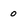
Character: o